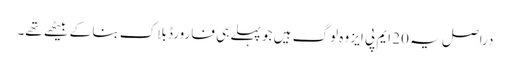
دراصل یہ 20 ایم پی ایز وہ لوگ ہیں جو پہلے ہی فارورڈ بلاک بنا کے بیٹھے تھے۔